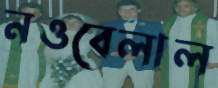
নওবেলাল